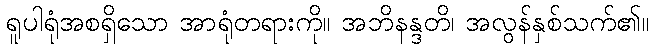
ရူပါရုံအစရှိသော အာရုံတရားကို။ အဘိနန္ဒတိ၊ အလွန်နှစ်သက်၏။